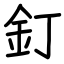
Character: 釘